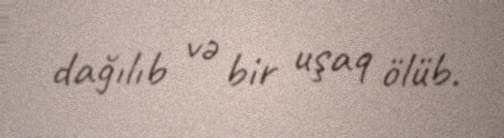
dağılıb və bir uşaq ölüb.